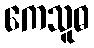
ကေသူဓ